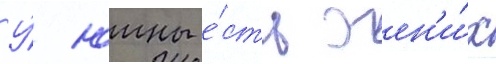
У́ юины е́сть жен'и́х